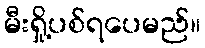
မီးရှို့ပစ်ရပေမည်။